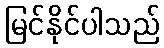
မြင်နိုင်ပါသည်